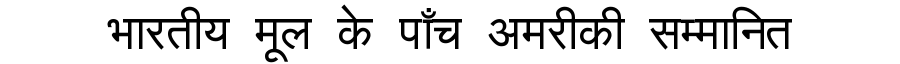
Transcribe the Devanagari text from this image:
भारतीय मूल के पाँच अमरीकी सम्मानित